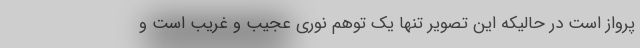
پرواز است در حالیکه این تصویر تنها یک توهم نوری عجیب و غریب است و